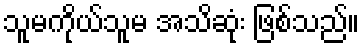
သူမကိုယ်သူမ အသိဆုံး ဖြစ်သည်။